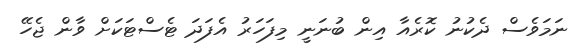
ނަމަވެސް ދެކުނު ކޮރެއާ އިން ބުނަނީ މިފަހަރު އެފަދަ ޓެސްޓަކަށް ވާން ޖެހޭ